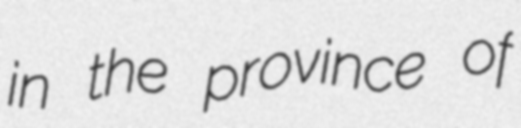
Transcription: in the province of